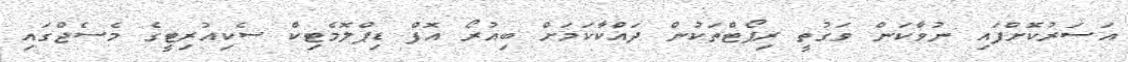
އަސަރުކޮށްފައި ނުވާކަން ވަގުތީ ރިޕޯޓްތަކުން ދައްކާކަމަށް ބިއުރޯ އޮފް ޑިޕްލޮމެޓިކް ސެކިއުރިޓީގެ މެސެެޖްގައި